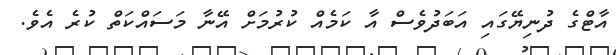
އާޓްގެ ދުނިޔޭގައި އަބަދުވެސް އާ ކަމެއް ކުރުމަށް އޭނާ މަސައްކަތް ކުރެ އެވެ.